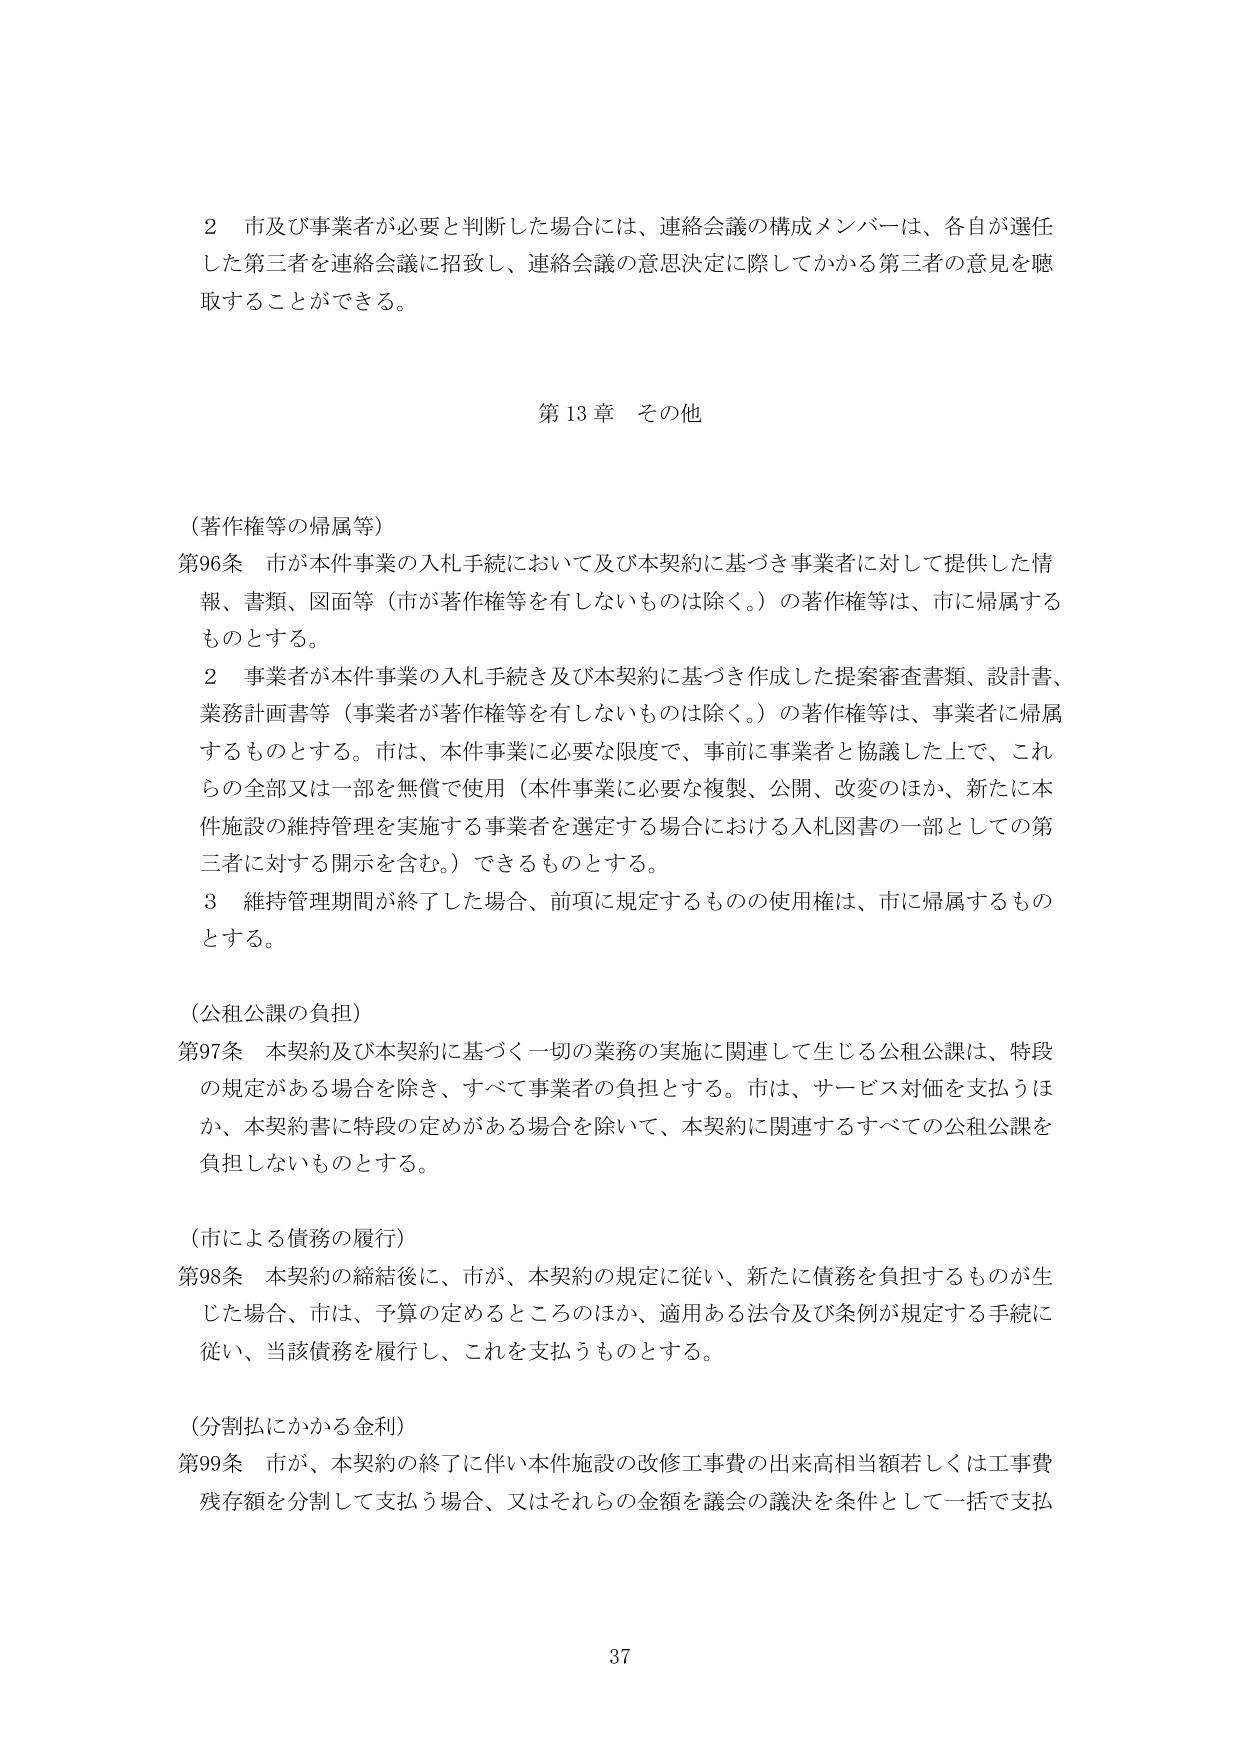
2 市及び事業者が必要と判断した場合には、連絡会議の構成メンバーは、各自が選任した第三者を連絡会議に招致し、連絡会議の意思決定に際してかかる第三者の意見を聴取することができる。

第13章 その他

（著作権等の帰属等）
第96条 市が本件事業の入札手続において及び本契約に基づき事業者に対して提供した情報、書類、図面等（市が著作権等を有しないものは除く。）の著作権等は、市に帰属するものとする。
2 事業者が本件事業の入札手続き及び本契約に基づき作成した提案審査書類、設計書、業務計画書等（事業者が著作権等を有しないものは除く。）の著作権等は、事業者に帰属するものとする。市は、本件事業に必要な限度で、事前に事業者と協議した上で、これらの全部又は一部を無償で使用（本件事業に必要な複製、公開、改変のほか、新たに本件施設の維持管理を実施する事業者を選定する場合における入札図書の一部としての第三者に対する開示を含む。）できるものとする。
3 維持管理期間が終了した場合、前項に規定するものの使用権は、市に帰属するものとする。

（公租公課の負担）
第97条 本契約及び本契約に基づく一切の業務の実施に関連して生じる公租公課は、特段の規定がある場合を除き、すべて事業者の負担とする。市は、サービス対価を支払うほか、本契約書に特段の定めがある場合を除いて、本契約に関連するすべての公租公課を負担しないものとする。

（市による債務の履行）
第98条 本契約の締結後に、市が、本契約の規定に従い、新たに債務を負担するものが生じた場合、市は、予算の定めるところのほか、適用ある法令及び条例が規定する手続に従い、当該債務を履行し、これを支払うものとする。

（分割払にかかる金利）
第99条 市が、本契約の終了に伴い本件施設の改修工事費の出来高相当額若しくは工事費残存額を分割して支払う場合、又はそれらの金額を議会の議決を条件として一括で支払

37